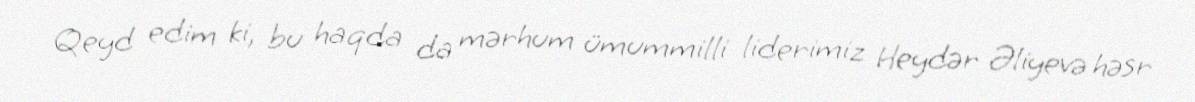
Qeyd edim ki, bu haqda da mərhum ümummilli liderimiz Heydər Əliyevə həsr